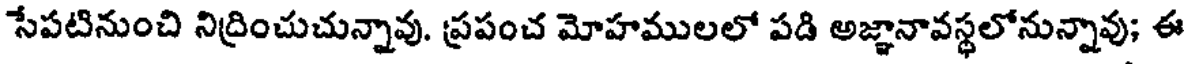
సేపటినుంచి నిద్రించుచున్నావు. ప్రపంచ మోహములలో పడి అజ్ఞానావస్థలోనున్నావు; ఈ